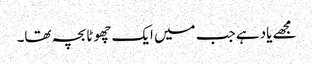
مجھے یاد ہے جب میں ایک چھوٹا بچہ تھا۔